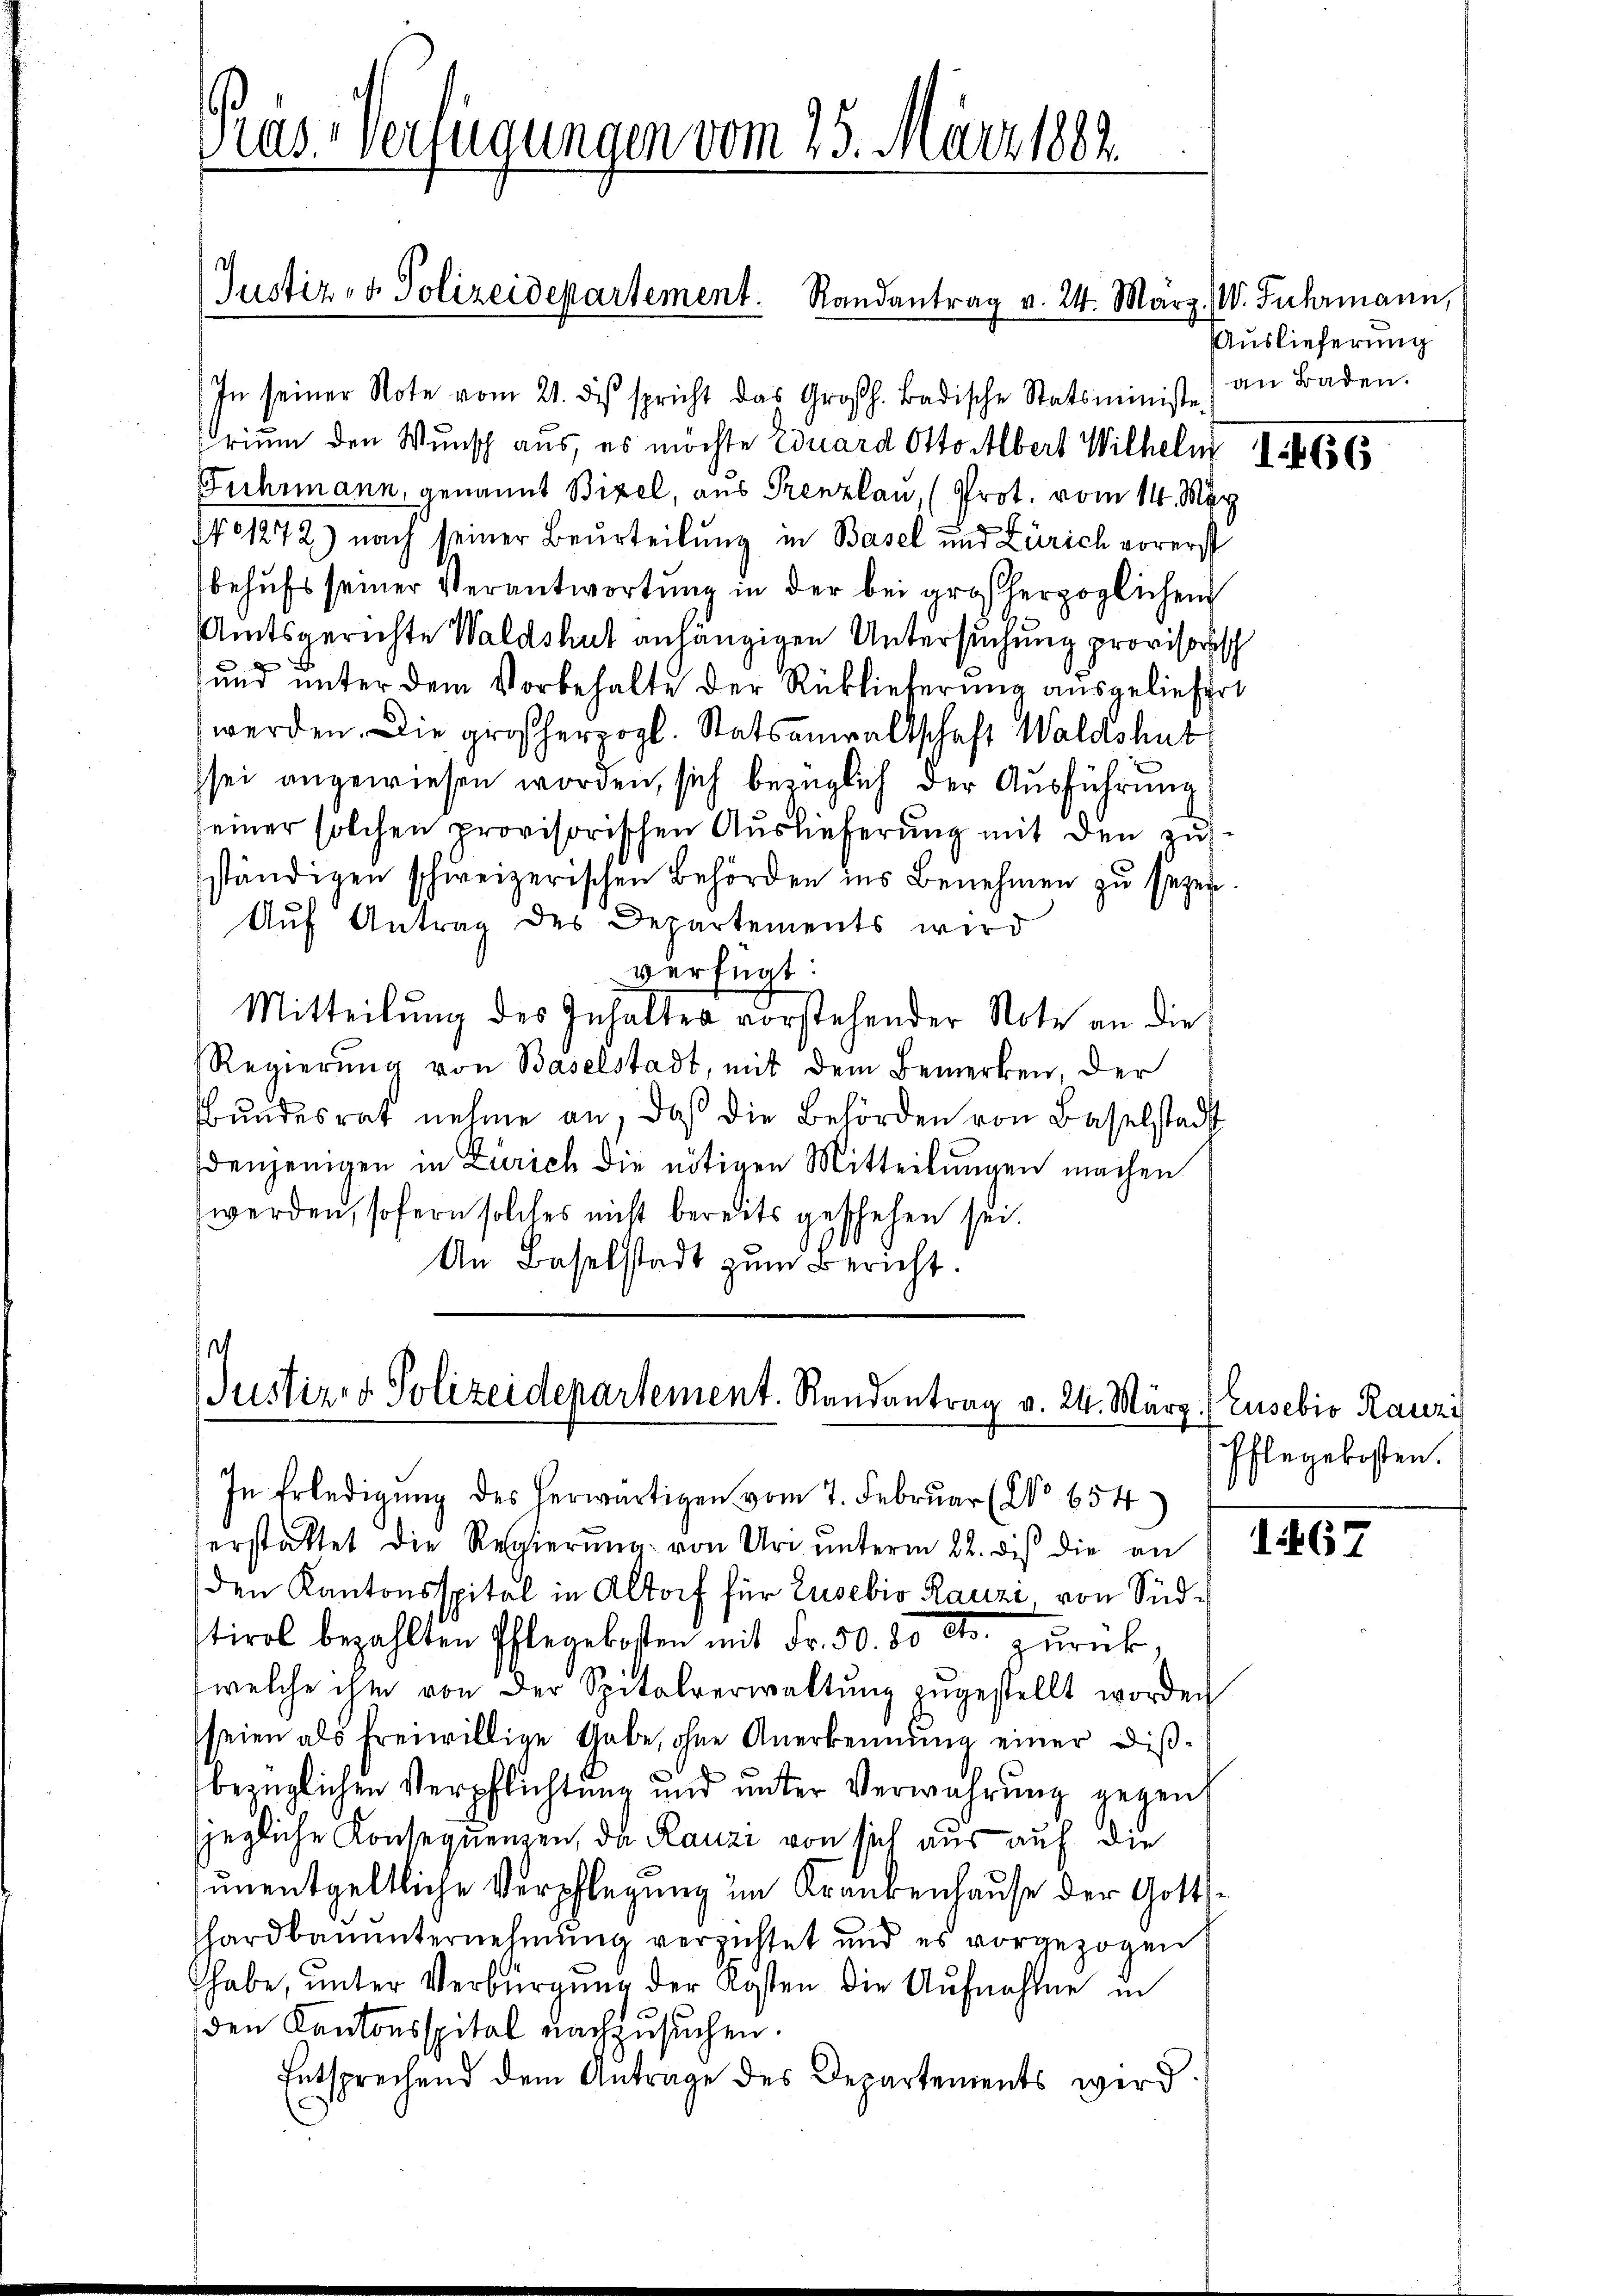
Pras. - Verfügungen vom 25. März 1882.

Justiz- & Polizeidepartement. Randantrag v. 24. März.

rium den Wunsch aus, es möchte Eduard Otto Albert Wilhelm I. 1665
Fuhrmann, genannt Bixel, aus Grenzlau, (Prot. vom 14. März
No 1272) nach seiner Beurteilung in Basel und Zürich vorerst
behufs seiner Verantwortung in der bei großherzoglichen
Amtsgerichte Waldshut anhängigen Untersuchung provisorisch
und unter dem Vorbehalte der Rücklieferung ausgeliefert
werden. Die großherzogl. Statsanwaltschaft Waldshut
sei angewiesen worden, sich bezüglich der Ausführung
seiner solchen provisorischen Auslieferung mit den zus
ständigen schweizerischen Behörden ins Benehmen zu sezen
Auf Antrag des Departements wird
verfügt:
Mitteilung des Inhalter vorstehender Note an die
Regierung von Baselstadt, mit dem Bemerken, der
Bundesrat nehme an, daß die Behörden von Baselstadt
denjenigen in Zürich die nötigen Mitteilungen machen
werden, sofern solches nicht bereits geschehen sei.
An Baselstadt zŭm Bericht.

In seiner Note vom 21. des spricht das Großh. Badische Statsministe) an Baden.

Justiz- & Polizeidepartement. Randantrag v. 24. März (Eusebio Rauzi
In Erledigŭng des herwärtigen vom 7. Febrŭar (No 654)

erstattet die Regierŭng von Uri unterm 22. dis die an
den Kantonsspital in Altorf für Eusebio Rauzi, von Südtirol bezahlten Pflegekosten mit Fr. 50. 30 do. zurück,
welche ihm von der Spitalverwaltŭng zŭgestellt worden
seien als freiwillige Gabe, ohne Anerkennung einer Disbezüglichen Verpflichtung und unter Verwahrung gegen
jegliche Konsequenzen, da Rauzi von sich aus auf die
unentgeltliche Verpflegung im Krankenhause der Gottshardbauunternehmung verzustet und es vorgezogen
habe, unter Verbürgung der Kosten die Aufnahme in
den Kantonsspital nachzusuchen.
Entsprechend dem Antrage des Departements wird

W. Fuhrmann,
Auslieferung

Ehlegekosten.

167